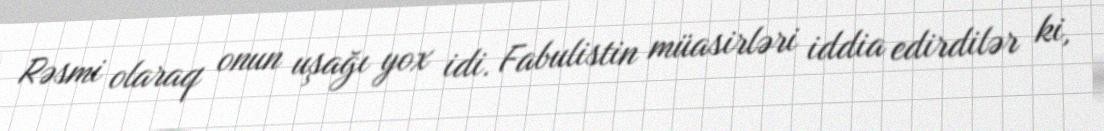
Rəsmi olaraq onun uşağı yox idi. Fabulistin müasirləri iddia edirdilər ki,